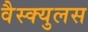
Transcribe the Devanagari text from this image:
वैस्क्युलस